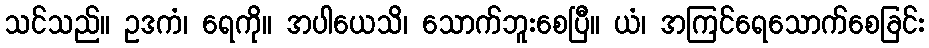
သင်သည်။ ဥဒကံ၊ ရေကို။ အပါယေသိ၊ သောက်ဘူးစေပြီ။ ယံ၊ အကြင်ရေသောက်စေခြင်း